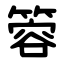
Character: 䈶